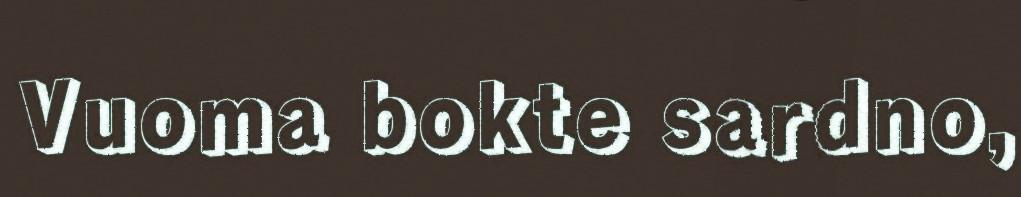
Vuoma bokte sardno,